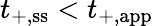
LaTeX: t_{+,\mathrm{ss}}<t_{+,\mathrm{app}}